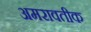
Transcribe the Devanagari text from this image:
अमरावतीक